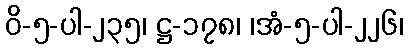
ဝိ-၅-ပါ-၂၃၅၊ ဋ္ဌ-၁၇၈၊ ၊အံ-၅-ပါ-၂၂၆၊